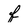
Character: f